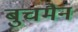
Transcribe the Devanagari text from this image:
बुचमैन